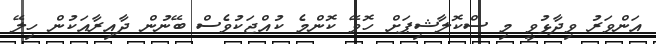
އަންވަރު ވިދާޅުވީ މި ސްކޮލާޝިޕަށް ހޮވޭ ކޮންމެ ކުއްޖަކުވެސް ބޭނުން ދާއިރާއަކުން ހިލޭ